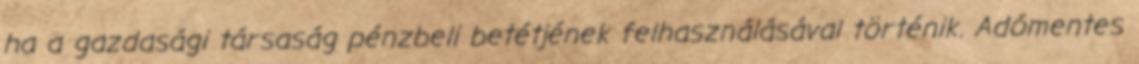
ha a gazdasági társaság pénzbeli betétjének felhasználásával történik. Adómentes